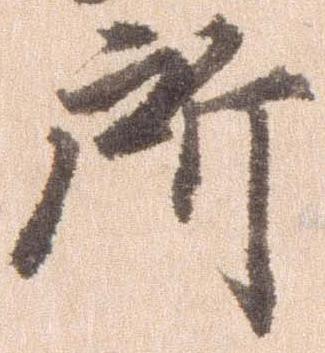
所